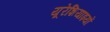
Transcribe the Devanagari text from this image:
यूरेशियाइयों